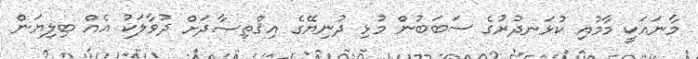
މާނައަކީ މާމުއި ކުޅަނދުރުގެ ސަބަބުން މުޅި ދުނިޔޭގެ އިޤްތިޞާދަށް ދުވާލަކު އެއް ބިލިޔަން